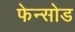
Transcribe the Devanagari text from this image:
फेन्सोड